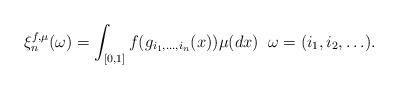
LaTeX: \begin{align*}\xi_n^{f,\mu}(\omega) = \int_{[0,1]} f( g_{i_1,\ldots,i_n} (x) ) \mu(dx)\;\; \omega=(i_1,i_2,\ldots).\end{align*}